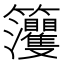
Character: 𥸘